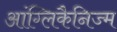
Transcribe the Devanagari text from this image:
आंग्लिकैनिज्म